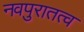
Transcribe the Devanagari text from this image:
नवपुरातत्व